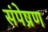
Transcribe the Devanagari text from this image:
संपेष्रण